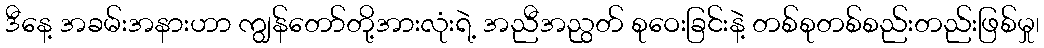
ဒီနေ့ အခမ်းအနားဟာ ကျွန်တော်တို့အားလုံးရဲ့ အညီအညွတ် စုဝေးခြင်းနဲ့ တစ်စုတစ်စည်းတည်းဖြစ်မှု၊